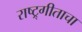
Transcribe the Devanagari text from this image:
राष्ट्र्गीताचा